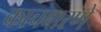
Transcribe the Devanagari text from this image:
काचबारणे